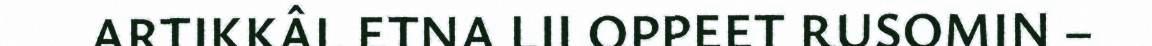
ARTIKKÂL ETNA LII OPPEET RUSOMIN –